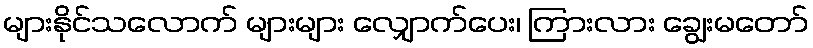
များနိုင်သလောက် များများ လျှောက်ပေး၊ ကြားလား ချွေးမတော်